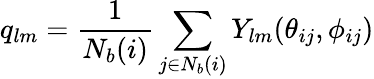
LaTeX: q_{lm}=\frac{1}{N_{b}(i)}\sum_{j\in N_{b}(i)}Y_{lm}(\theta_{ij},\phi_{ij})